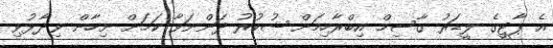
އެ ޕާޓީގެ ލީޑަރު ގާސިމް އިބްރާހިމަށް ޝުކުރު ދަންނަވާ ކަމަށް ނިހާން ވިދާޅުވި